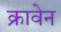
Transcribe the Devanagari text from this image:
क्रावेन